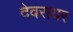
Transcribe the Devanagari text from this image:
देवरायर